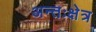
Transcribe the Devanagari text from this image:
अन्तःक्षेत्र